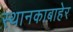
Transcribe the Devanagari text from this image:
स्थानकाबाहेर